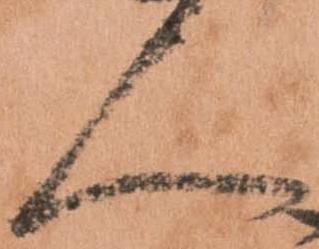
人